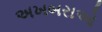
અખબરાઓ